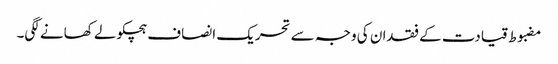
مضبوط قیادت کے فقدان کی وجہ سے تحریک انصاف ہچکولے کھانے لگی۔